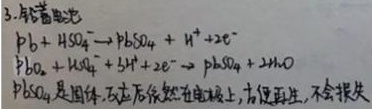
3. 铅蓄电池
\(Pb + H_{2}SO_{4}\to PbSO_{4}+H^{+}+2e^{-}\)
\(PbO_{2}+H_{2}SO_{4}+3H^{+}+2e^{-}\to PbSO_{4}+2H_{2}O\)
\(PbSO_{4}\)是固体, 反应后依然在电极上, 方便再生, 不会损失